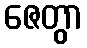
ဇေတွာ